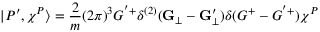
| P ^ { \prime } , \chi ^ { P } \rangle = \frac { 2 } { m } ( 2 \pi ) ^ { 3 } G ^ { ' + } \delta ^ { ( 2 ) } ( { \bf G } _ { \bot } - { \bf G } _ { \bot } ^ { \prime } ) \delta ( G ^ { + } - G ^ { ' + } ) \chi ^ { P }